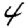
Digit: 4